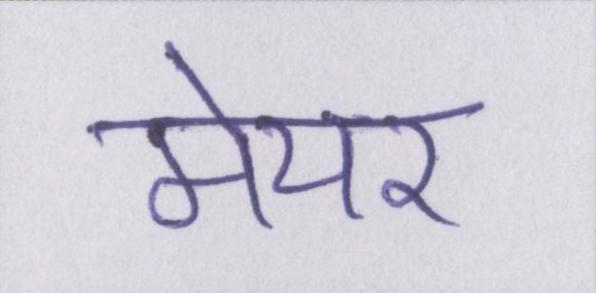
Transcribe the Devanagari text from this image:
मेयर